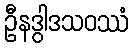
ဦနဒွါဒသဝဿံ